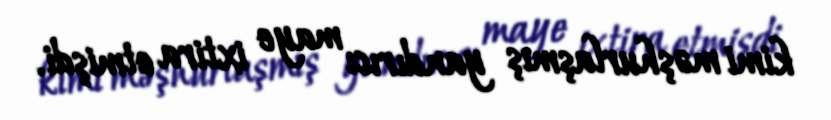
kimi məşhurlaşmış yandırıcı maye ixtira etmişdi.